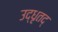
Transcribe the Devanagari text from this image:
उद्धृतद्